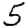
Digit: 5